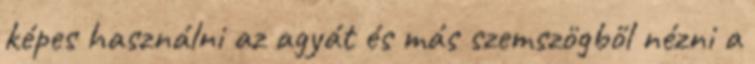
képes használni az agyát és más szemszögből nézni a